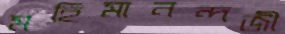
মহিমানন্দজী